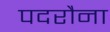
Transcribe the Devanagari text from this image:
पदरौना